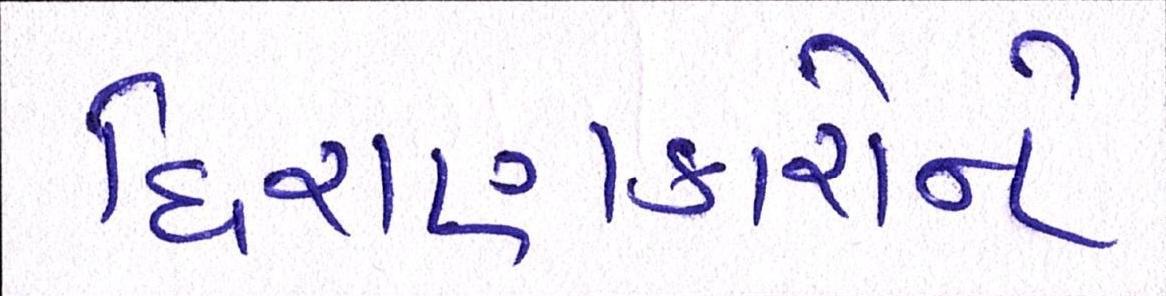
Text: ધિરાણકારોને